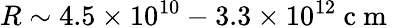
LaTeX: R\sim 4.5\times 10^{10}-3.3\times 10^{12}\mathrm{~c~m~}